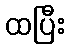
ထပြီး